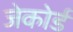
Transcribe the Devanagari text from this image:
जेकोर्ड